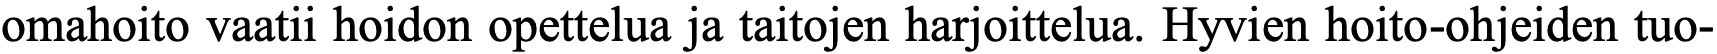
omahoito vaatii hoidon opettelua ja taitojen harjoittelua. Hyvien hoito-ohjeiden tuo-